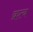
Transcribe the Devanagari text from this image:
क्रत्य